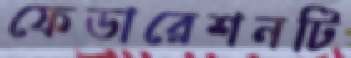
ফেডারেশনটি